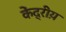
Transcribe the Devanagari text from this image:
केंद्रीय़